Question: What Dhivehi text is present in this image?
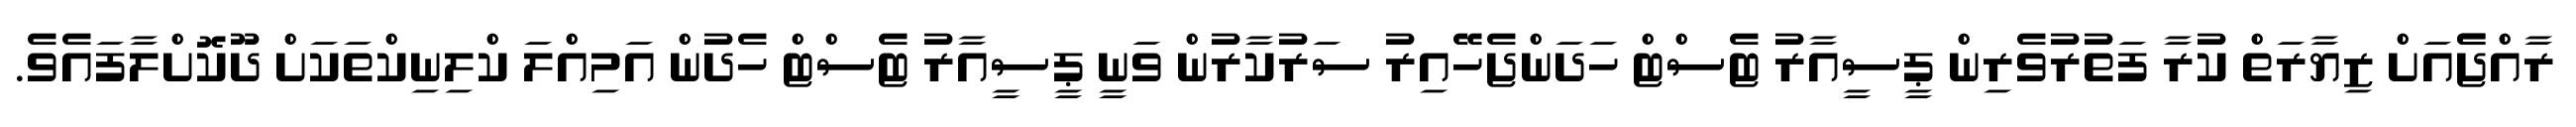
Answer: ރާއްޖެެއަށް ޒިޔާރަތް ކުރާ ފަތުރުވެރިން ޕީސީއާރު ޓެސްޓް ހަދަންޖެހޭއިރު ސަރުކާރުން ވަނީ ޕީސީއާރު ޓެސްޓް ހެދުން އަމިއްލަ ކްލިނިކްތަކަށް ދޫކޮށްލާފައެވެ.